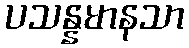
ပသန္နမာနသာ